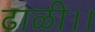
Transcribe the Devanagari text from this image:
ढाळी।।